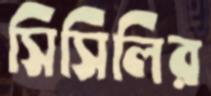
সিসিলির